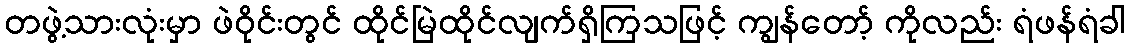
တဖွဲ့သားလုံးမှာ ဖဲဝိုင်းတွင် ထိုင်မြဲထိုင်လျက်ရှိကြသဖြင့် ကျွန်တော့် ကိုလည်း ရံဖန်ရံခါ